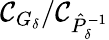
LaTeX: \mathcal{C}_{G_{\delta}}/\mathcal{C}_{\hat{{P}}_{\delta}^{-1}}